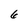
Character: 6